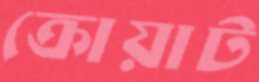
ক্রোয়াট